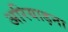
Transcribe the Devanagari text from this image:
अरियाड़ना